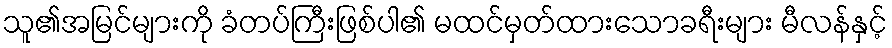
သူ၏အမြင်များကို ခံတပ်ကြီးဖြစ်ပါ၏ မထင်မှတ်ထားသောခရီးများ မီလန်နှင့်